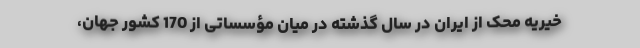
خیریه محک از ایران در سال گذشته در میان مؤسساتی از 170 کشور جهان،